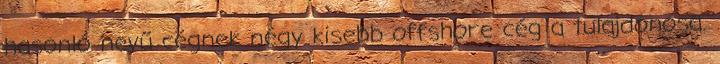
hasonló nevű cégnek négy kisebb offshore cég a tulajdonosa.